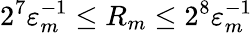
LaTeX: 2^{7}\varepsilon_{m}^{-1}\leq R_{m}\leq 2^{8}\varepsilon_{m}^{-1}